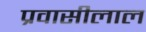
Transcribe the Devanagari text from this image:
प्रवासीलाल